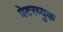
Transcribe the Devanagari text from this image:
पेटरब्युक